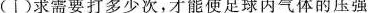
(Ⅰ)求需要打多少次，才能使足球内气体的压强